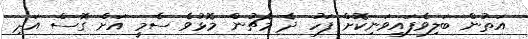
އަތުން ބަލިވެފައިވަނިކޮށް ފަހު ދެ މެޗުން މޮޅުވެ ސެމީ އަށް ގޮސް އަދި